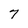
Character: 7